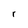
Character: r